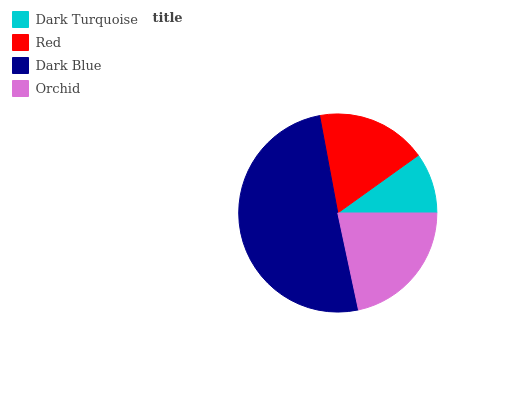
| Dark Turquoise | Red | Dark Blue | Orchid |
 | --- | --- | --- | --- |
 | 9.9% | 18% | 50.5% | 21.6% |